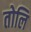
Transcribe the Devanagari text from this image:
तोलि